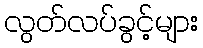
လွတ်လပ်ခွင့်များ